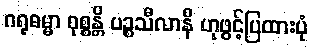
ဂရုဓမ္မာ ဝုစ္စန္တိ ပဉ္စသီလာနိ ဟုဖွင့်ပြထားပုံ